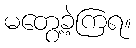
မတွေ့ခဲ့ကြရ။